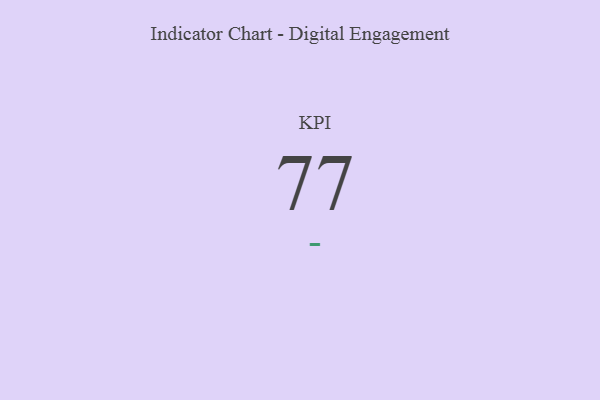
{"axis": {"x": "KPI", "y": "Value"}, "legend": [""], "data": [{"x": "KPI", "y": 77, "type": ""}]}